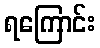
ရကြောင်း